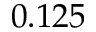
0 . 1 2 5